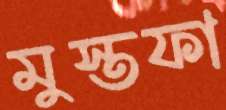
মুস্তফা